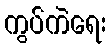
ကွပ်ကဲရေး